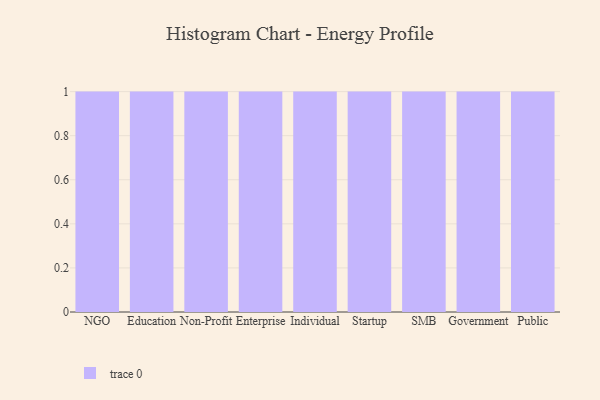
{"axis": {"x": "Segment", "y": "Waste Production (Tons)"}, "legend": [""], "data": [{"x": "NGO", "y": 77, "type": ""}, {"x": "Education", "y": 71, "type": ""}, {"x": "Non-Profit", "y": 67, "type": ""}, {"x": "Enterprise", "y": 78, "type": ""}, {"x": "Individual", "y": 91, "type": ""}, {"x": "Startup", "y": 5, "type": ""}, {"x": "SMB", "y": 84, "type": ""}, {"x": "Government", "y": 96, "type": ""}, {"x": "Public", "y": 86, "type": ""}]}